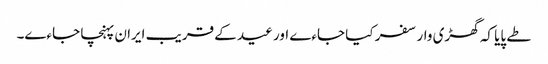
طے پایا کہ گھڑی وار سفر کیا جاءے اور عید کے قریب ایران پہنچا جاءے۔